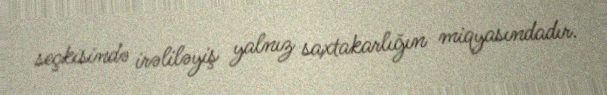
seçkisində irəliləyiş yalnız saxtakarlığın miqyasındadır.